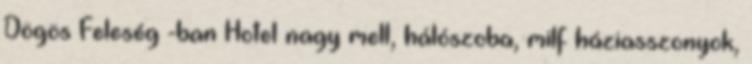
Dögös Feleség -ban Hotel nagy mell, hálószoba, milf háziasszonyok,